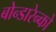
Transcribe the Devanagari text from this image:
बोन्डारेन्को